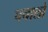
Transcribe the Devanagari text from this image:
पचालो